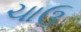
ચાઉ